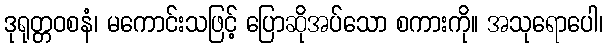
ဒုရုတ္တဝစနံ၊ မကောင်းသဖြင့် ပြောဆိုအပ်သော စကားကို။ အသုရောပေါ၊